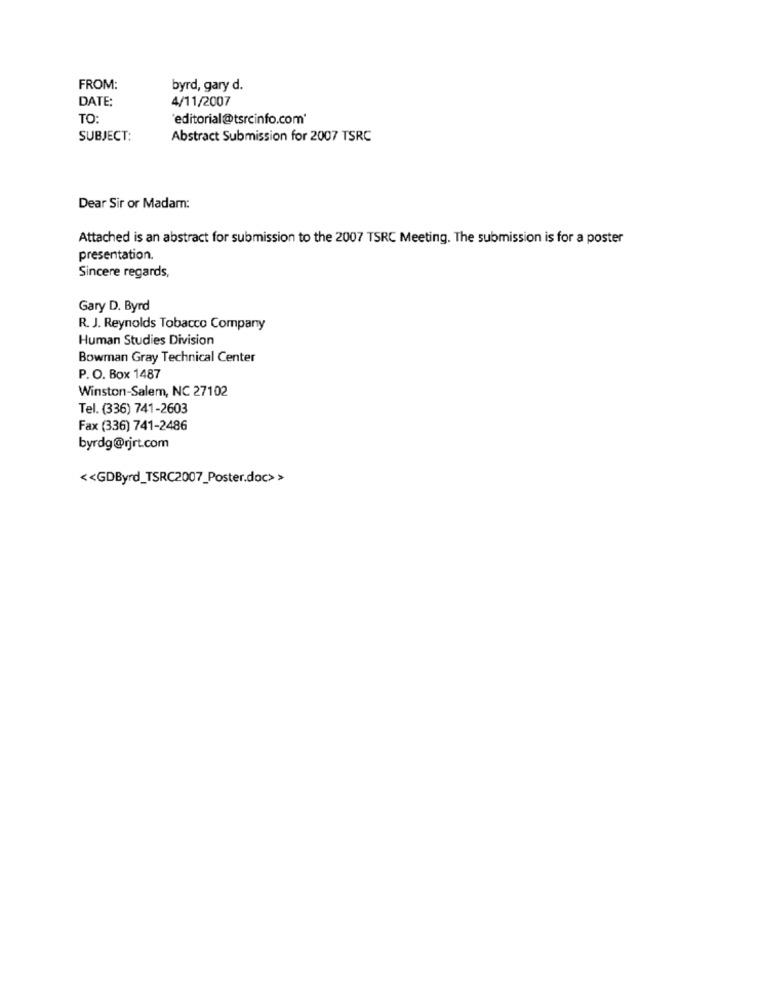
FROM:
byrd, gary d.
DATE:
4/11/2007
TO:
editorial@tsrcinfo.com'
SUBJECT:
Abstract Submission for 2007 TSRC
Dear Sir or Madam:
Attached is an abstract for submission to the 2007 TSRC Meeting. The submission is for a poster
presentation.
Sincere regards,
Gary D. Byrd
R. J. Reynolds Tobacco Company
Human Studies Division
Bowman Gray Technical Center
P. O. Box 1487
Winston-Salem, NC 27102
Tel. (336) 741-2603
Fax (336) 741-2486
byrdg@rjrt.com
<< GDByrd_TSRC2007_Poster.doc> >